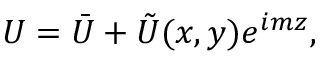
U = \bar { U } + \tilde { U } ( x , y ) e ^ { i m z } ,